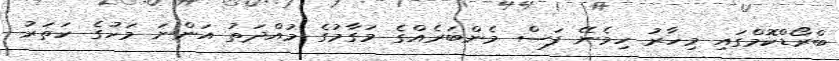
ބްރޯޑްކޮމްގައި މިހާރު ހިމެނޭ ފަސް މެންބަރެއްގެ މަގާމުގެ މުއްދަތު އަންނަ މަހުގެ ހަތަރު